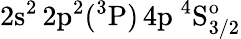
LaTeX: \mathrm{2s^{2}\, 2p^{2}(^{3}P)\, 4p~^{4}S_{3/2}^{o}}